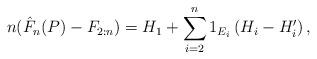
LaTeX: \begin{align*}n(\hat F_n(P) - F_{2:n})& = H_1 + \sum_{i = 2}^n 1_{E_i} \left( H_i - H_i' \right),\end{align*}